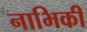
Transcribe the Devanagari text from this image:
नाभिकी